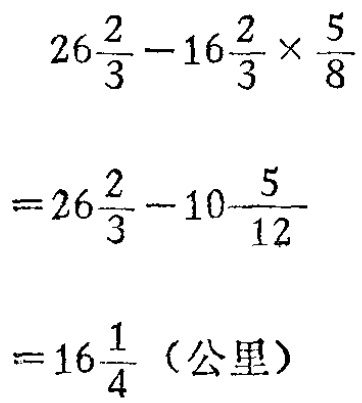
\[

\begin{align*}

&26\frac{2}{3}-16\frac{2}{3}\times\frac{5}{8}\\

=&26\frac{2}{3}-10\frac{5}{12}\\

=&16\frac{1}{4} \text{（公里）}

\end{align*}

\]